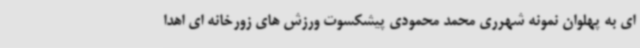
ای به پهلوان نمونه شهرری محمد محمودی پیشکسوت ورزش های زورخانه ای اهدا